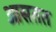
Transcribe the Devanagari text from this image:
आसतत